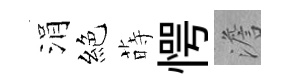
涓絕蒔愕澹